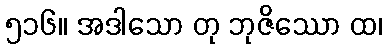
၅၁၆။ အဒါသော တု ဘုဇိဿော ထ၊